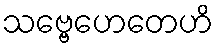
သဗ္ဗေဟေတေဟိ